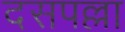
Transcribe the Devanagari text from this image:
दसपल्ला